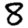
Digit: 8